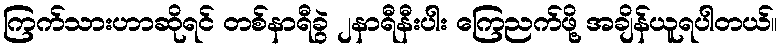
ကြက်သားဟာဆိုရင် တစ်နာရီခွဲ ၂နာရီနီးပါး ကြေညက်ဖို့ အချိန်ယူရပါတယ်။